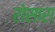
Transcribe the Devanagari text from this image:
रोसारा